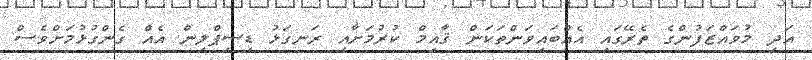
އަދި މުވައްޒަފުންގެ ތެރޭގައި އެއްބައިވަންތަކަން ޤާއިމް ކުރުމަށާއި ރަނގަޅު ޑިސިޕްލިން އެއް ގެންގުޅުމަށްވެސް